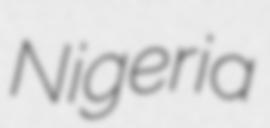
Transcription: Nigeria